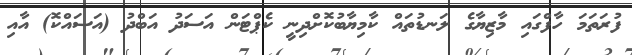
ފުރަތަމަ ހާފްގައި މާޒިޔާގެ ލަނޑުތައް ކާމިޔާބުކޮށްދިނީ ކެޕްޓަން އަސަދު އަބްދު (އަސައްކޮ) އާއި